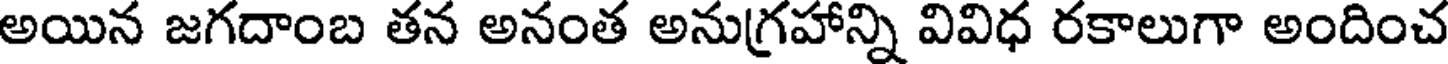
అయిన జగదాంబ తన అనంత అనుగ్రహాన్ని వివిధ రకాలుగా అందించ